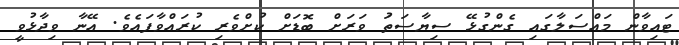
ޓައިވާން މައްސަލާގައި ގެންގުޅޭ ސިޔާސަތަު ވަރަށް ބޮޑަށް ކުށްވެރި ކުރައްވާފައެވެ. އޭނާ ވިދާޅުވީ